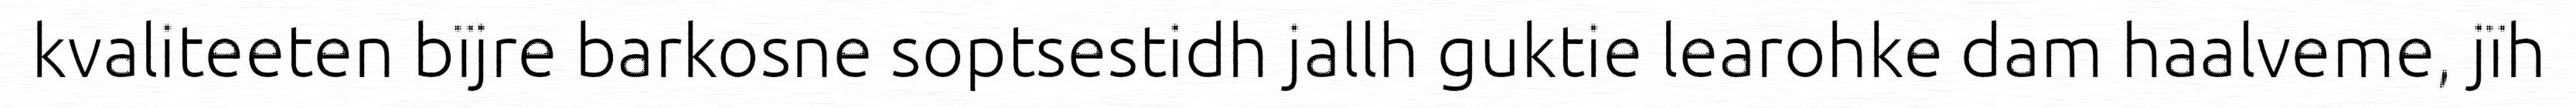
kvaliteeten bïjre barkosne soptsestidh jallh guktie learohke dam haalveme, jïh